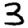
Digit: 3